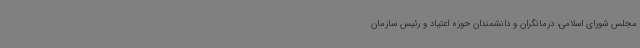
مجلس شورای اسلامی، درمانگران و دانشمندان حوزه اعتیاد و رئیس سازمان